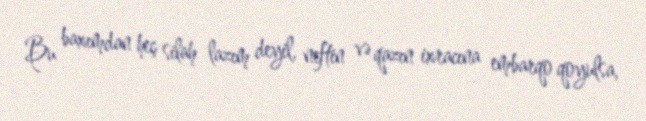
Bu baxımdan heç silah lazım deyil, neftin və qazın ixracına embarqo qoyulsa,